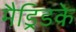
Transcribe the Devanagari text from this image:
मैड्रिडके